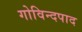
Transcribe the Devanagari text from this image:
गोविन्दपाद